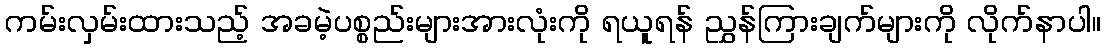
ကမ်းလှမ်းထားသည့် အခမဲ့ပစ္စည်းများအားလုံးကို ရယူရန် ညွှန်ကြားချက်များကို လိုက်နာပါ။